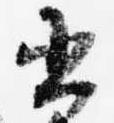
書